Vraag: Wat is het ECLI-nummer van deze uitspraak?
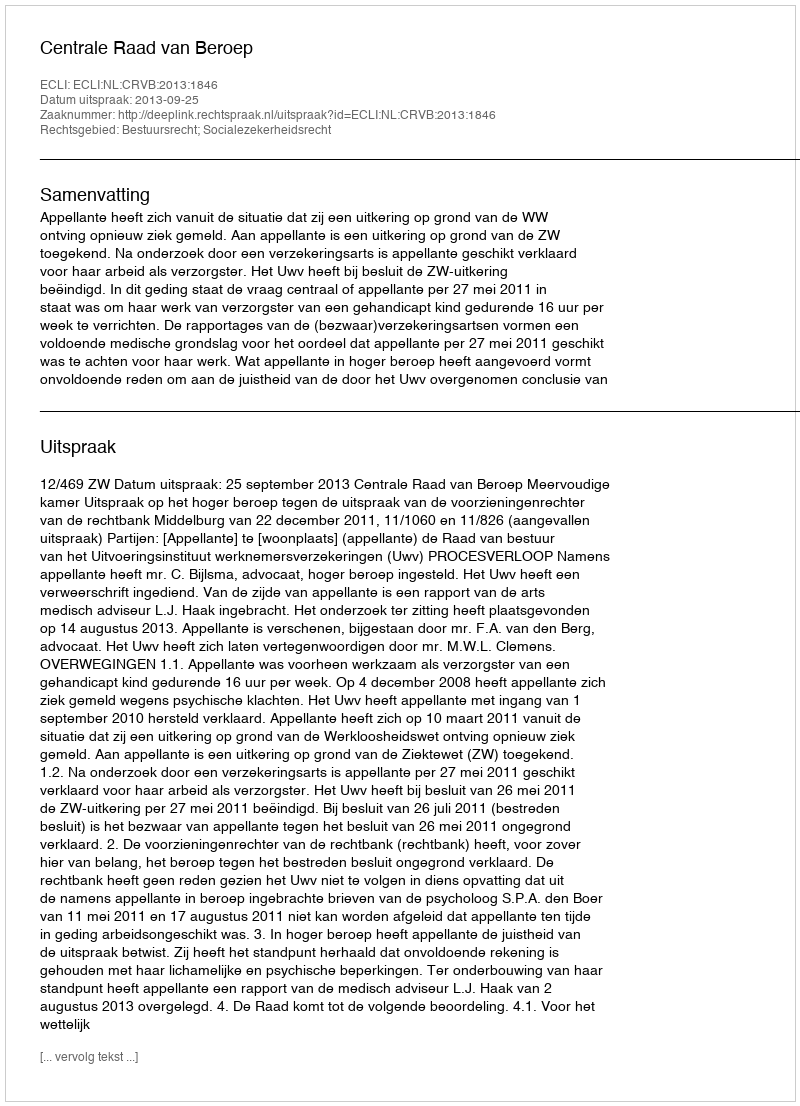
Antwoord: ECLI:NL:CRVB:2013:1846